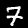
Digit: 7